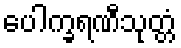
ပေါက္ခရဏီသုတ္တံ